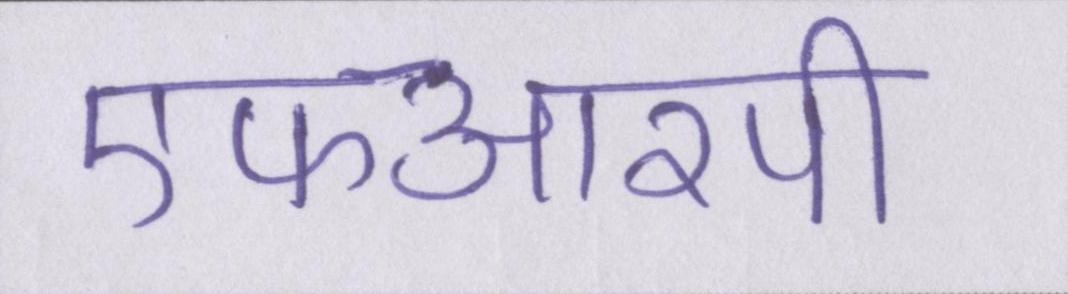
एफआरपी